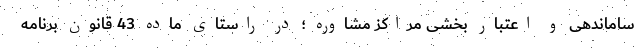
ساماندهی و اعتبار بخشی مراکز مشاوره ؛ در راستای ماده 43 قانون برنامه